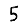
Digit: 5